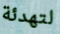
لتهدئة